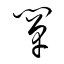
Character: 闡